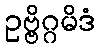
ဥဗ္ဗိဂ္ဂမိဒံ